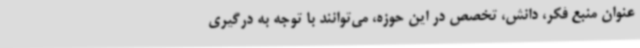
عنوان منبع فکر، دانش، تخصص در این حوزه، می‌توانند با توجه به درگیری